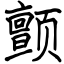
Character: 颤